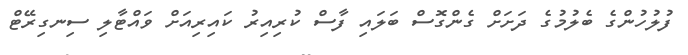
ފުލުހުންގެ ބެލުމުގެ ދަށަށް ގެންގޮސް ބަލައި ފާސް ކުރިއިރު ކައިރިއަށް ވައްޓާލި ސިނގިރޭޓް